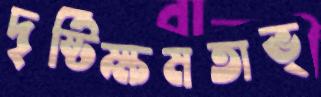
দৃষ্টিক্ষমতাভ্